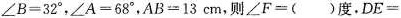
$$\angle B = 3 2°$$，$$\angle A = 6 8°$$，$$A B = 1 3cm$$，则$$\angle F=()度$$，$$DE=